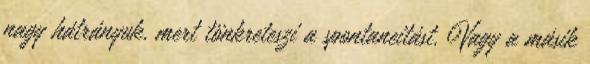
nagy hátrányuk, mert tönkreteszi a spontaneitást. Vagy a másik